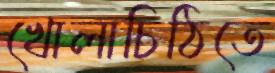
খোলাচিঠিতে